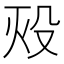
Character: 𬆡